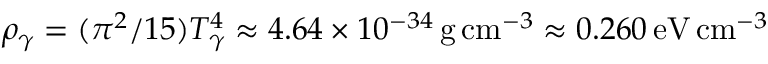
\rho _ { \gamma } = ( \pi ^ { 2 } / 1 5 ) T _ { \gamma } ^ { 4 } \approx 4 . 6 4 \times 1 0 ^ { - 3 4 } \, { \mathrm { g } } \, { \mathrm { c m } } ^ { - 3 } \approx 0 . 2 6 0 \, { \mathrm { e V } } \, { \mathrm { c m } } ^ { - 3 }